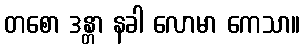
တစော ဒန္တာ နခါ လောမာ ကေသာ။